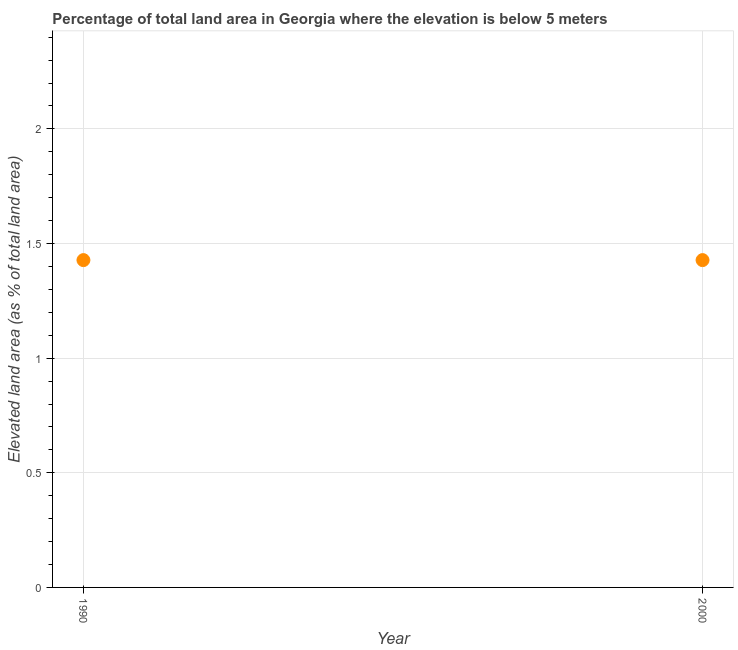
| Year | Land area |
 | --- | --- |
 | 1990 | 1.43 |
 | 2000 | 1.43 |